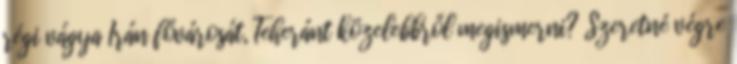
régi vágya Irán fővárosát, Teheránt közelebbről megismerni? Szeretné végre